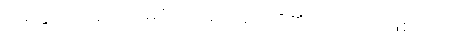
မေတ္တာ၊ ကရုဏာ၊ မုဒိတာ စသည်တို့၏ တည်ရာ ဖြစ်သည်။